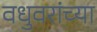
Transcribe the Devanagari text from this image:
वधुवरांच्या